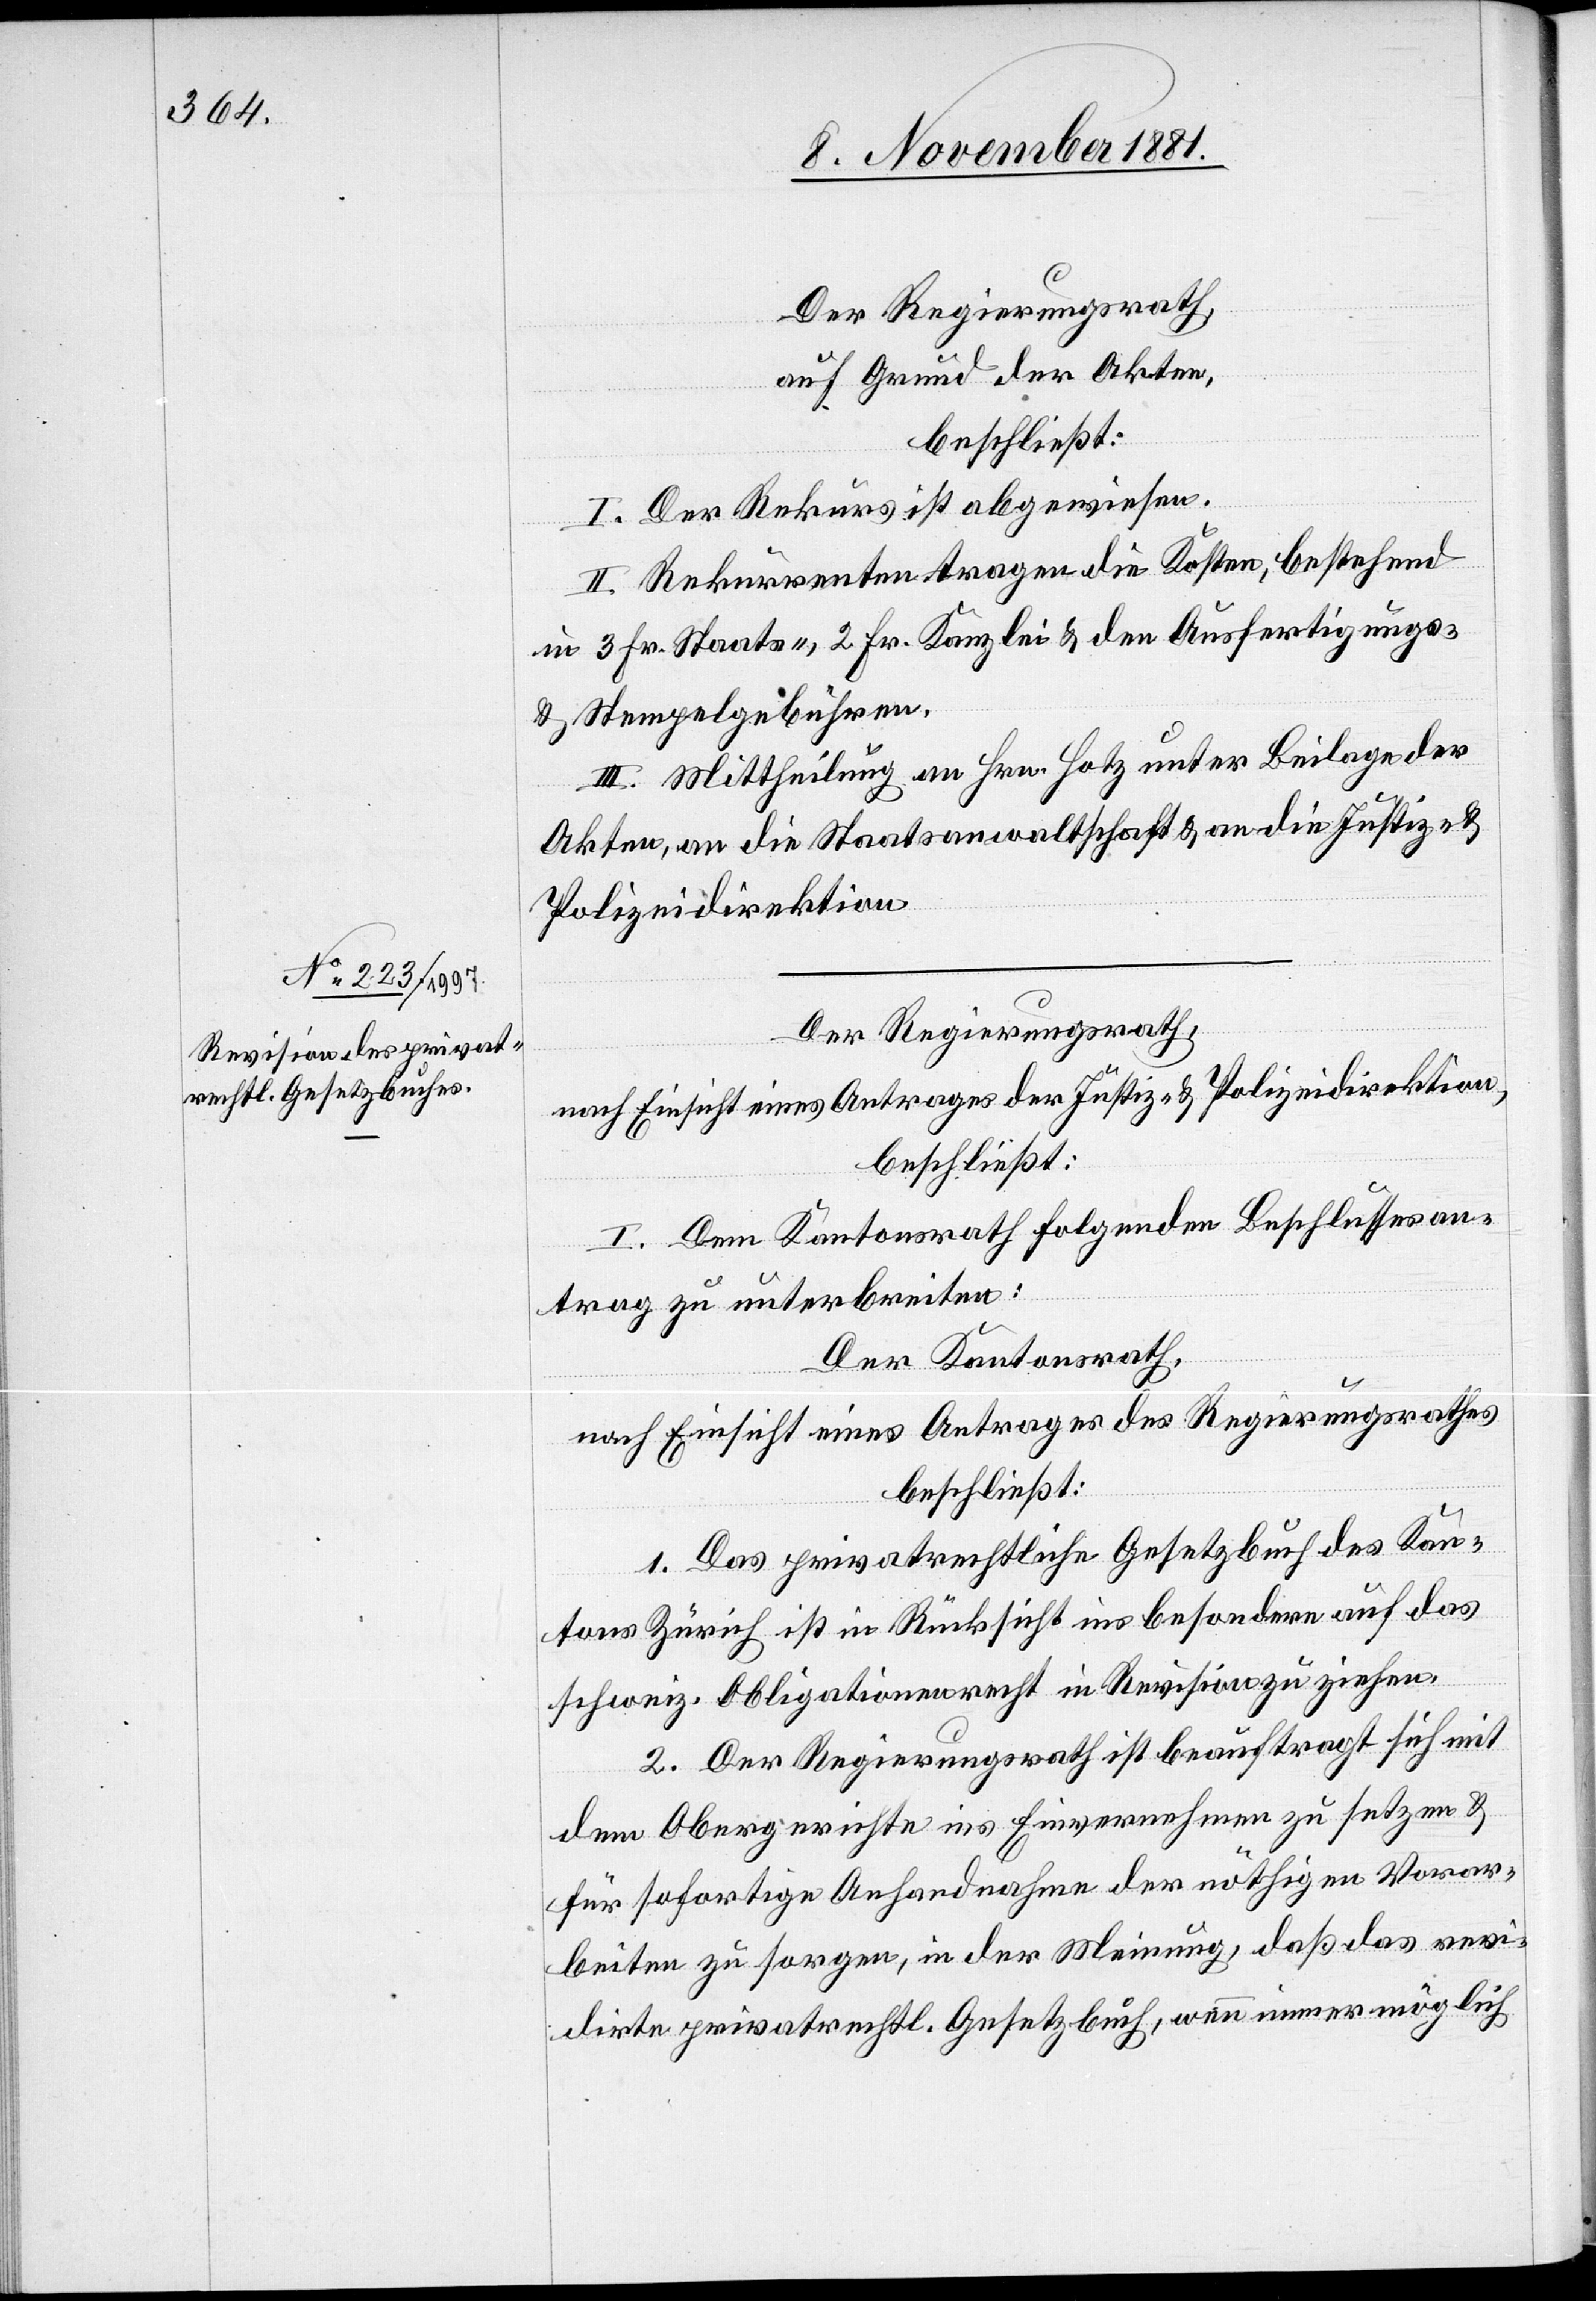
Der Regierungsrath,
auf Grund der Akten,
beschließt:
I. Der Rekurs ist abgewiesen.
II. Rekurrenten tragen die Kosten, bestehend
in 3 Frk. Staats-, 2 Fr. Kanzlei- & den Ausfertigungs-
& Stempelgebühren.
III. Mittheilung an Hrn. Hotz unter Beilage der
Akten, an die Staatsanwaltschaft & an die Justiz- &
Polizeidirektion.
Der Regierungsrath,
nach Einsicht eines Antrages der Justiz- & Polizeidirektion,
beschließt:
I. Dem Kantonsrath folgenden Beschlussesan¬
trag zu unterbreiten:
Der Kantonsrath,
nach Einsicht eines Antrages des Regierungsrathes
beschließt:
1. Das privatrechtliche Gesetzbuch des Kan¬
tons Zürich ist in Rücksicht insbesondere auf das
schweiz. Obligationenrecht in Revision zu ziehen.
2. Der Regierungsrath ist beauftragt sich mit
dem Obergerichte ins Einvernehmen zu setzen &
für sofortige Anhandnahme der nöthigen Vorar¬
beiten zu sorgen, in der Meinung, daß das revi¬
dirte privatrechtl. Gesetzbuch, wenn immer möglich